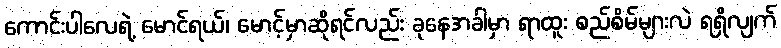
ကောင်းပါလေရဲ့ မောင်ရယ်၊ မောင့်မှာဆိုရင်လည်း ခုနေအခါမှာ ရာထူး စည်စိမ်များလဲ ရရှိလျက်